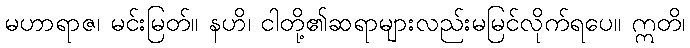
မဟာရာဇ၊ မင်းမြတ်။ နဟိ၊ ငါတို့၏ဆရာများလည်းမမြင်လိုက်ရပေ။ ဣတိ၊